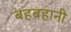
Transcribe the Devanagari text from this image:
बहबहानी